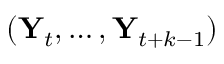
( \mathbf { Y } _ { t } , \dots , \mathbf { Y } _ { t + k - 1 } )